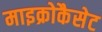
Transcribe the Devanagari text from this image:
माइक्रोकैसेट